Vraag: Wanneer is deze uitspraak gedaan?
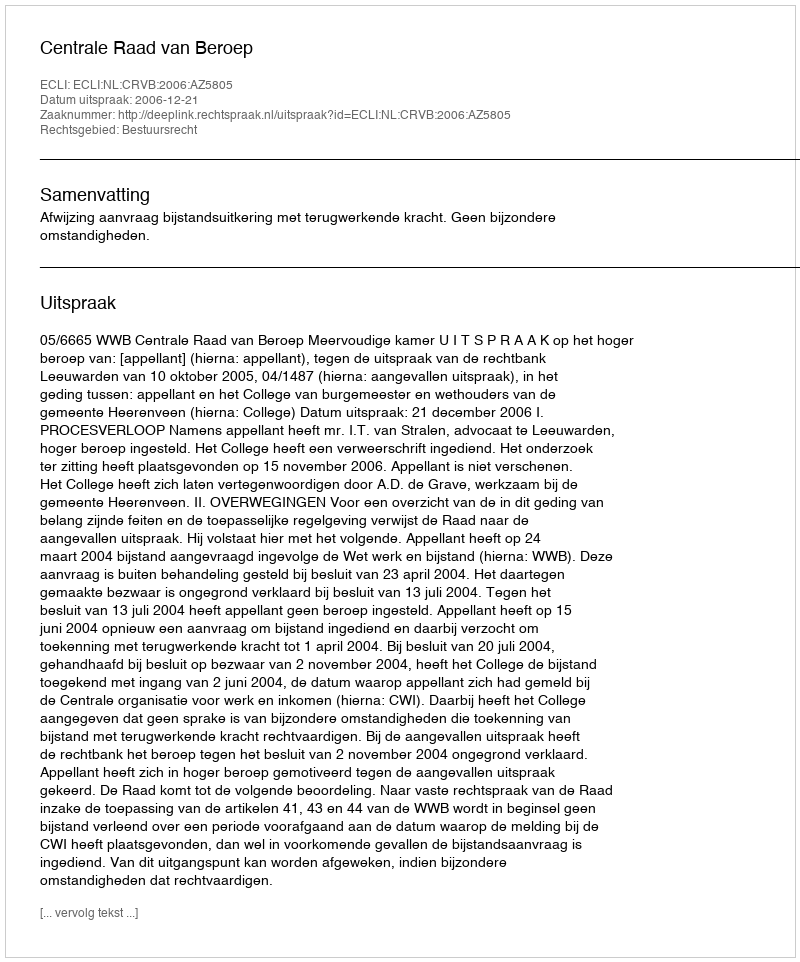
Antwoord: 2006-12-21